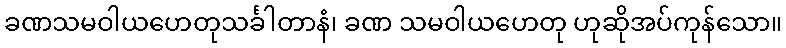
ခဏသမဝါယဟေတုသင်္ခါတာနံ၊ ခဏ သမဝါယဟေတု ဟုဆိုအပ်ကုန်သော။